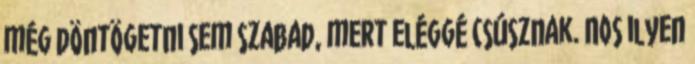
még döntögetni sem szabad, mert eléggé csúsznak. Nos ilyen